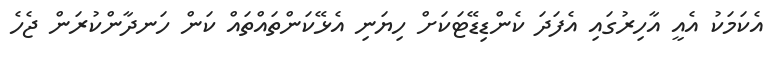
އެކަމަކު އެއީ އާހިރުގައި އެފަދަ ކެންޑިޑޭޓަކަށް ހިޔަނި އެޅޭކަންތައްތައް ކަން ހަނދާންކުރަން ޖެހެ